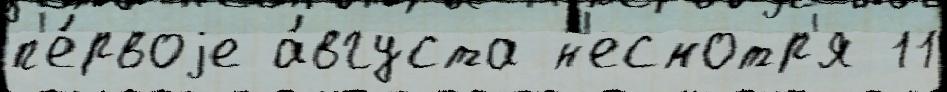
п'е́рвоjе а́вгуста н'есмотр'я 11